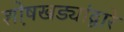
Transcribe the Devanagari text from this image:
शो़षखड्यांद्वारे